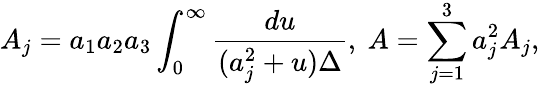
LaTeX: A_{j}=a_{1}a_{2}a_{3}\int_{0}^{\infty}\frac{du}{(a_{j}^{2}+u)\Delta},~A=\sum_{j=1}^{3}a_{j}^{2}A_{j},